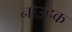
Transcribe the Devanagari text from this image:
नोउहक